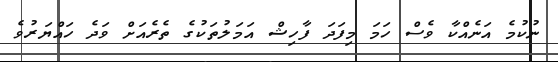
ނުކުމެ އަނެއްކާ ވެސް ހަމަ މިފަދަ ފާހިޝް އަމަލުތަކުގެ ތެރެއަށް ވަދެ ހައްޔަރުވެ